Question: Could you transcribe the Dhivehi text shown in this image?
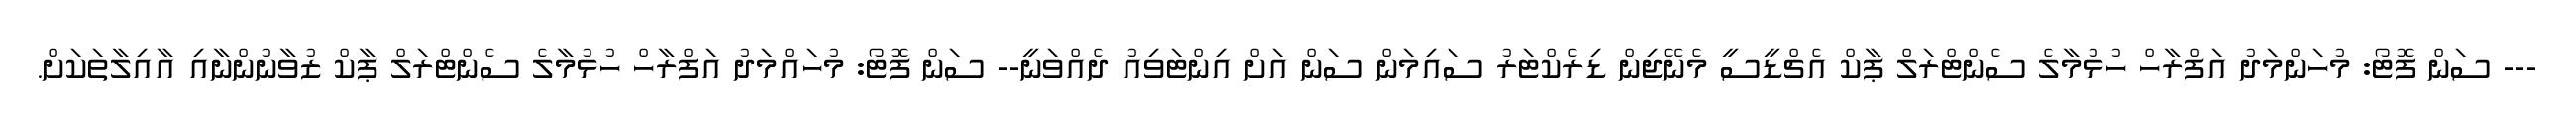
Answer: --- ސަން ފޮޓޯ: މުހަންމަދު އަފްރާހް ހުޅުމާލެ ސެންޓްރަލް ޕާކް އެޗްޑީސީ މެނޭޖިން ޑިރެކްޓަރު ސައިމަން ސަން އަށް އިންޓަވިއު ދެއްވަނީ-- ސަން ފޮޓޯ: މުހައްމަދު އަފްރާހް ހުޅުމާލެ ސެންޓްރަލް ޕާކް ޒުވާނުންނާއި އާއިލާތަކަށް.